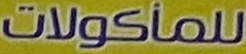
للمأكولات